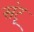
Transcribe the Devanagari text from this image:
संदृ